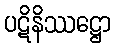
ပဋိနိဿဋ္ဌော